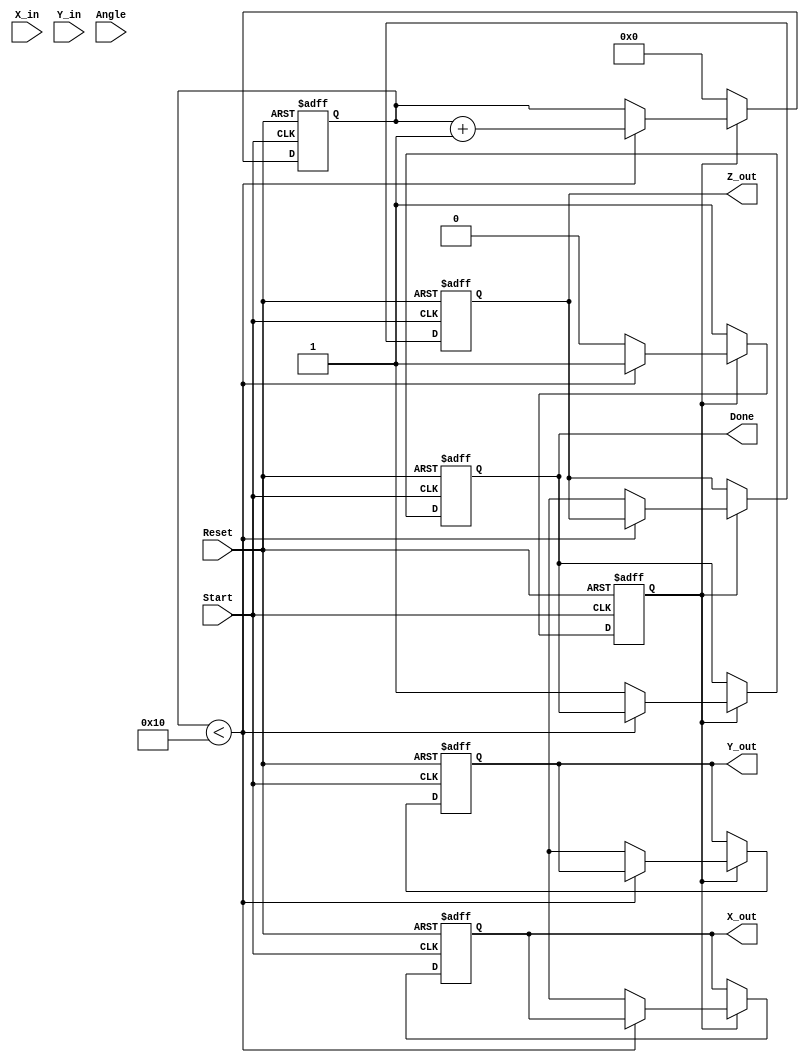
module vectoring_cordic #(
    parameter N = 16,               // Number of iterations
    parameter WIDTH = 16,           // Width of fixed-point representation
    parameter ANGLE_WIDTH = 16      // Width for angle representation
)(
    input  wire [WIDTH-1:0] X_in,   // Input X-coordinate
    input  wire [WIDTH-1:0] Y_in,   // Input Y-coordinate
    input  wire [ANGLE_WIDTH-1:0] Angle, // Initial angle
    input  wire Start,               // Start signal
    input  wire Reset,               // Asynchronous reset
    output reg [WIDTH-1:0] X_out,    // Output X-coordinate
    output reg [WIDTH-1:0] Y_out,    // Output Y-coordinate
    output reg [ANGLE_WIDTH-1:0] Z_out, // Output angle
    output reg Done                  // Completion signal
);

    // Internal signals
    reg [WIDTH-1:0] x [0:N-1];        // Pipeline registers for X
    reg [WIDTH-1:0] y [0:N-1];        // Pipeline registers for Y
    reg [ANGLE_WIDTH-1:0] z [0:N-1];  // Pipeline registers for angle
    reg [N-1:0] angle_table [0:N-1];  // Lookup table for atan(2^-i)
    reg [4:0] iteration;               // Iteration counter
    reg state;                         // FSM state

    // Initialize the angle lookup table
    initial begin
        angle_table[0] = 16'h0000; // atan(1) = 0
        angle_table[1] = 16'h1C71; // atan(0.5) = 26.565 degrees
        angle_table[2] = 16'h1A62; // atan(0.25) = 14.036 degrees
        // ... Fill in the rest of the table ...
        angle_table[N-1] = 16'h0000; // atan(2^(-N+1))
    end

    // FSM for control logic
    always @(posedge Start or posedge Reset) begin
        if (Reset) begin
            iteration <= 0;
            Done <= 0;
            X_out <= 0;
            Y_out <= 0;
            Z_out <= 0;
            state <= 0;
        end else if (state == 0) begin
            // Load initial values
            x[0] <= X_in;
            y[0] <= Y_in;
            z[0] <= Angle;
            iteration <= 0;
            state <= 1;
        end else if (state == 1) begin
            if (iteration < N) begin
                // CORDIC rotation logic
                if (y[iteration] < 0) begin
                    x[iteration + 1] <= x[iteration] + (y[iteration] >>> iteration);
                    y[iteration + 1] <= y[iteration] + (x[iteration] >>> iteration);
                    z[iteration + 1] <= z[iteration] - angle_table[iteration];
                end else begin
                    x[iteration + 1] <= x[iteration] - (y[iteration] >>> iteration);
                    y[iteration + 1] <= y[iteration] - (x[iteration] >>> iteration);
                    z[iteration + 1] <= z[iteration] + angle_table[iteration];
                end
                iteration <= iteration + 1;
            end else begin
                // Final output
                X_out <= x[N];
                Y_out <= y[N];
                Z_out <= z[N];
                Done <= 1;
                state <= 0; // Go back to idle state
            end
        end
    end

endmodule